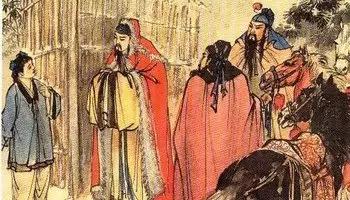
知屋漏者在宇下，知政失者在草野。